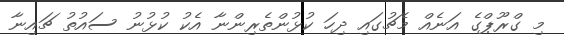
މި ގްރޫޕްގެ އަނެއް މެޗުގައި ދިހަ ކުޅުންތެރިންނާ އެކު ކުޅުނު ސައުތު ޗައިނާ